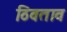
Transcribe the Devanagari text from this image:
ठिवताव